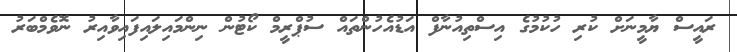
ރައީސް ޔާމީނަށް ކުރި ހުކުމުގެ އިސްތިއުނާފް އަޑުއެހުންތައް ސުޕްރީމް ކޯޓުން ނިންމައިލައިފައިވާއިރު ނޮވެމްބަރު